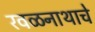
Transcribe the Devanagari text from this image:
रवळनाथाचे